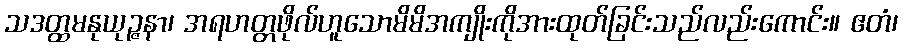
သဒတ္ထမနုယုဉ္ဇနာ၊ အရဟတ္တဖိုလ်ဟူသောမိမိအကျိုးကိုအားထုတ်ခြင်းသည်လည်းကောင်း။ ဧတံ၊